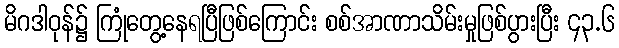
မိဂဒါဝုန်၌ ကြုံတွေ့နေရပြီဖြစ်ကြောင်း စစ်အာဏာသိမ်းမှုဖြစ်ပွားပြီး ၄၃.၆